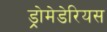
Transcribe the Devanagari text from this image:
ड्रोमेडेरियस